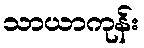
သာယာကုန်း